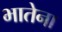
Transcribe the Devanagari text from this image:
भातेना